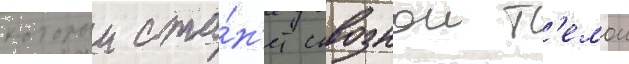
которыи ста́н'ет сквознои т'емои